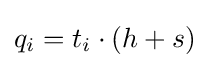
q_{i}=t_{i}\cdot (h+s)